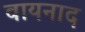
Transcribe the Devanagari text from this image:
वायनाद